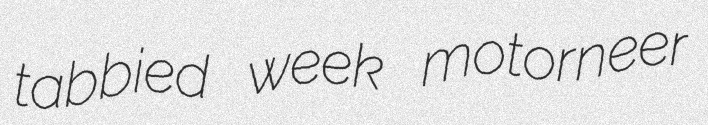
tabbied week motorneer